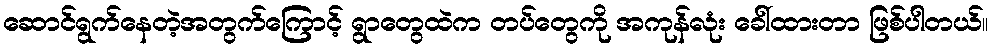
ဆောင်ရွက်နေတဲ့အတွက်ကြောင့် ရွာတွေထဲက တပ်တွေကို အကုန်လုံး ခေါ်ထားတာ ဖြစ်ပါတယ်။